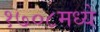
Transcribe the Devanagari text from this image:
१७०८मध्ये